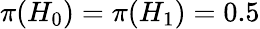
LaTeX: \textstyle\pi(H_{0})=\pi(H_{1})=0.5